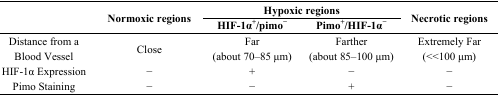
| <ROWSPAN=3>  | <ROWSPAN=3> Normoxic regions | <COLSPAN=2> Hypoxic regions | <ROWSPAN=3> Necrotic regions |
 | HIF-1α+/pimo− | Pimo+/HIF-1α− |
 | --- | --- | --- | --- | --- |
 | Distance from a Blood Vessel | Close | Far (about 70–85 μm) | Farther (about 85–100 μm) | Extremely Far (<<100 μm) |
 | HIF-1α Expression | − | + | − | − |
 | Pimo Staining | − | − | + | − |